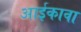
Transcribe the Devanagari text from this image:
आईकावा